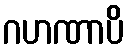
ဂဟဏာပိ